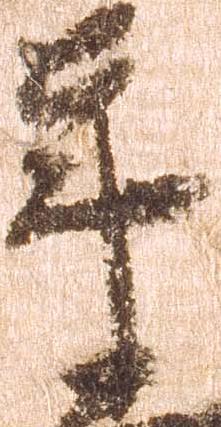
年